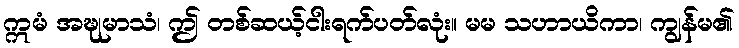
ဣမံ အဍ္ဎုမာသံ၊ ဤ တစ်ဆယ့်ငါးရက်ပတ်လုံး။ မမ သဟာယိကာ၊ ကျွန်မ၏